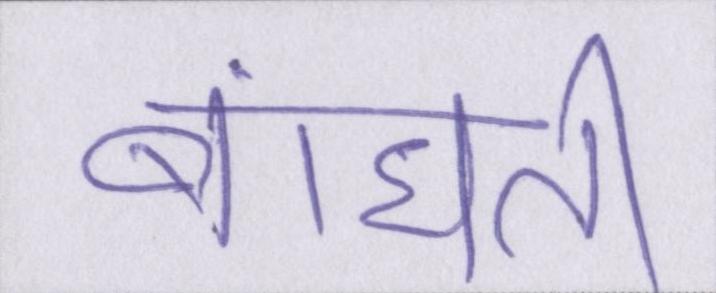
बांधती